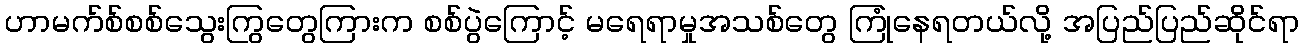
ဟာမက်စ်စစ်သွေးကြွတွေကြားက စစ်ပွဲကြောင့် မရေရာမှုအသစ်တွေ ကြုံနေရတယ်လို့ အပြည်ပြည်ဆိုင်ရာ